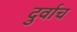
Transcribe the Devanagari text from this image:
दुर्वाच